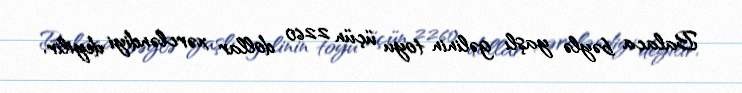
Balaca bəylə yaşlı gəlinin toyu üçün 2260 dollar xərcləndiyi deyilir.